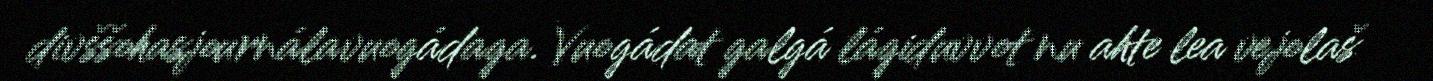
divššohasjournálavuogádaga. Vuogádat galgá lágiduvvot nu ahte lea vejolaš